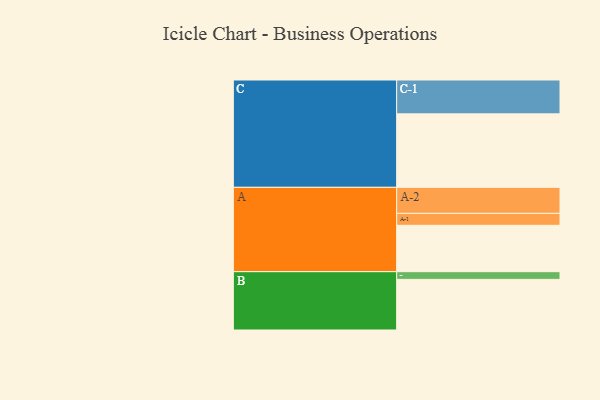
{"axis": {"x": "Segment", "y": "Value"}, "legend": ["", "A", "B", "C"], "data": [{"x": "A", "y": 349, "type": ""}, {"x": "B", "y": 381, "type": ""}, {"x": "C", "y": 553, "type": ""}, {"x": "A-1", "y": 90, "type": "A"}, {"x": "A-2", "y": 196, "type": "A"}, {"x": "B-1", "y": 58, "type": "B"}, {"x": "C-1", "y": 255, "type": "C"}]}